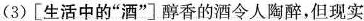
(3)[生活中的”酒”]醇香的酒令人陶醉，但现实